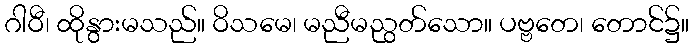
ဂါဝီ၊ ထိုနွားမသည်။ ဝိသမေ၊ မညီမညွတ်သော။ ပဗ္ဗတေ၊ တောင်၌။